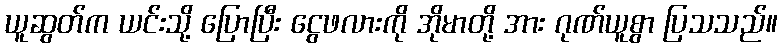
ယူဆွတ်က ယင်းသို့ ပြောပြီး ငွေဖလားကို အိုမာတို့ အား ဂုဏ်ယူစွာ ပြသသည်။